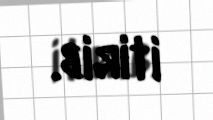
itirib.